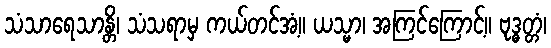
သံသာရေသာန္တိ၊ သံသရာမှ ကယ်တင်အံ့။ ယသ္မာ၊ အကြင်ကြောင့်။ ဗုဒ္ဓတ္တံ၊